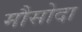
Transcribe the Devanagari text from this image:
मौसोदा